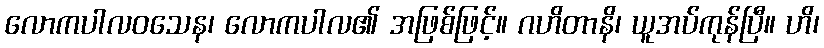
လောကပါလဝသေန၊ လောကပါလ၏ အဖြစ်ဖြင့်။ ဂဟိတာနိ၊ ယူအပ်ကုန်ပြီ။ ဟိ၊